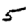
Digit: 5